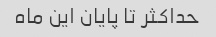
حداکثر تا پایان این ماه